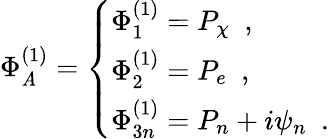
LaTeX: \Phi_{\mathit{A}}^{(1)}=\left\{ \begin{array}{l}{{\Phi_{1}^{(1)}=P_{\chi}\, \, \, ,}}\\ {{\Phi_{2}^{(1)}=P_{e}\, \, \, ,}}\\ {{\Phi_{3n}^{(1)}=P_{n}+i\psi_{n}\, \, \, .}}\end{array}\right.